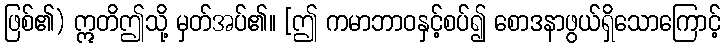
ဖြစ်၏) ဣတိဤသို့ မှတ်အပ်၏။ [ဤ ကမာဘာဝနှင့်စပ်၍ စောဒနာဖွယ်ရှိသောကြောင့်